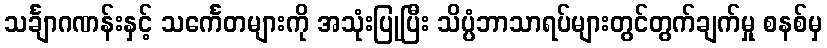
သင်္ချာဂဏန်းနှင့် သင်္ကေတများကို အသုံးပြုပြီး သိပ္ပံဘာသာရပ်များတွင်တွက်ချက်မှု စနစ်မှ